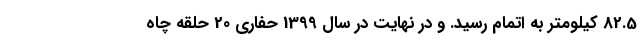
82.5 کیلومتر به اتمام رسید. و در نهایت در سال 1399 حفاری 20 حلقه چاه